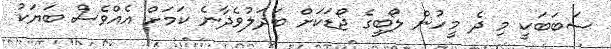
ސަބަބަކީ މި ދެ މީހުން ލޯބީގެ ޖޯޑަކަށް ބަދަލުވެދާނެ ކަމަށް އެއްވެސް ބަޔަކު